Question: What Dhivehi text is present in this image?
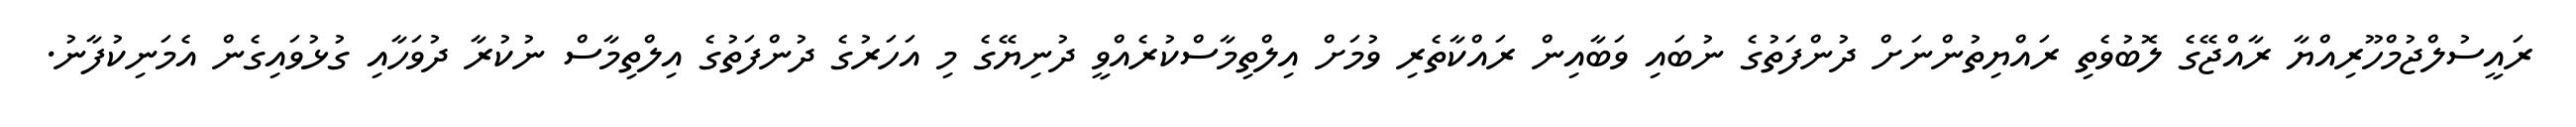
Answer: ރައީސުލްޖުމްހޫރިއްޔާ ރާއްޖޭގެ ލޮބުވެތި ރައްޔިތުންނަށް ދުންފަތުގެ ނުބައި ވަބާއިން ރައްކާތެރި ވުމަށް އިލްތިމާސްކުރެއްވީ ދުނިޔޭގެ މި އަހަރުގެ ދުންފަތުގެ އިލްތިމާސް ނުކުރާ ދުވަހާއި ގުޅުވައިގެން އެމަނިކުފާނު.